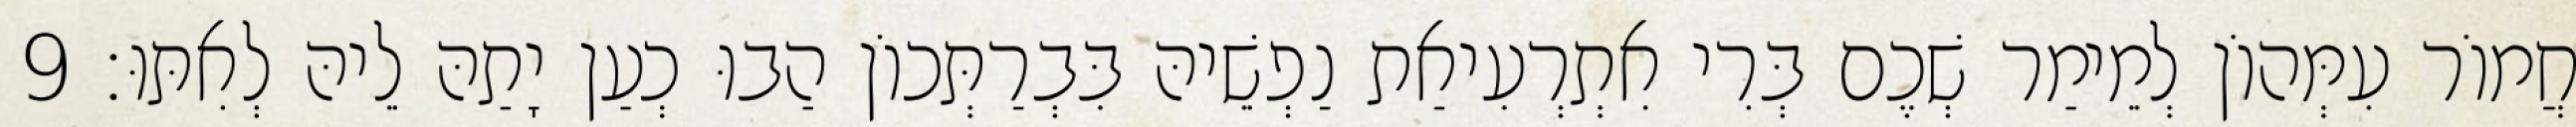
חֲמוֹר עִמְּהוֹן לְמֵימַר שְׁכֶם בְּרִי אִתְרְעִיאַת נַפְשֵׁיהּ בִּבְרַתְּכוֹן הַבוּ כְעַן יָתַהּ לֵיהּ לְאִתּוּ׃ 9